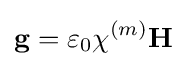
\mathbf {g} =\varepsilon _{0}\chi ^{(m)}\mathbf {H}